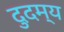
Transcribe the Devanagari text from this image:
दुदम्य